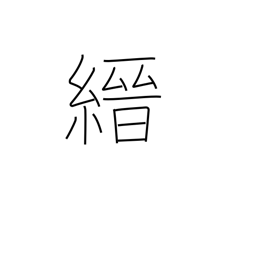
Meaning: thin red cloth